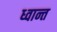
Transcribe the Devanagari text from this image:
ध्वान्त